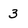
Character: 3